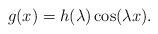
LaTeX: \begin{align*} g(x) = h(\lambda )\cos(\lambda x).\end{align*}